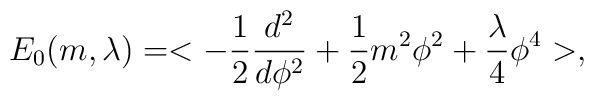
E_0(m,\lambda)=<-{1\over2}{d^2\over d\phi^2}+{1\over2} m^2 \phi^2+\frac{\lambda}{4} \phi^4>,